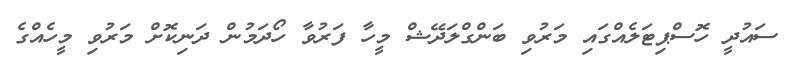
ސައުދީ ހޮސްޕިޓަލެއްގައި މަރުވި ބަންގްލަދޭޝް މީހާ ފަރުވާ ހޯދަމުން ދަނިކޮށް މަރުވި މީހެއްގެ